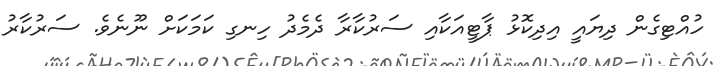
ހުއްޓިގެން ދިޔައީ އިދިކޮޅު ޕާޓީއަކާއި ސަރުކާރާ ދެމެދު ހިނގި ކަމަކަށް ނޫނެވެ. ސަރުކާރު